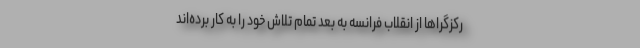
رکزگراها از انقلاب فرانسه به بعد تمام تلاش خود را به کار برده‌اند